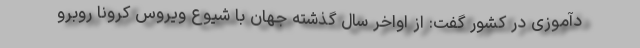
دآموزی در کشور گفت: از اواخر سال گذشته جهان با شیوع ویروس کرونا روبرو